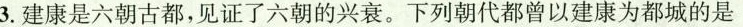
3.建康是六朝古都，见证了六朝的兴衰。下列朝代都曾以建康为都城的是